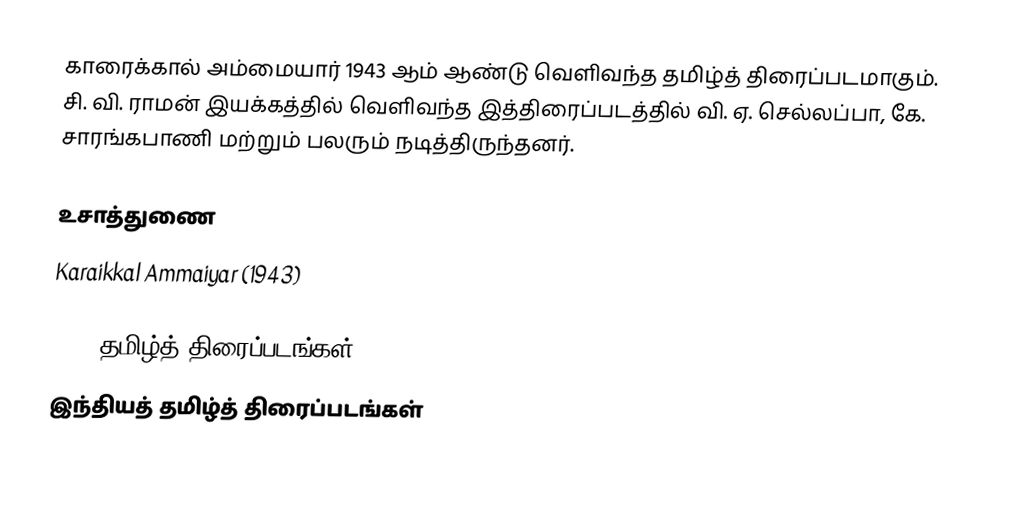
காரைக்கால் அம்மையார் 1943 ஆம் ஆண்டு வெளிவந்த தமிழ்த் திரைப்படமாகும். சி. வி. ராமன் இயக்கத்தில் வெளிவந்த இத்திரைப்படத்தில் வி. ஏ. செல்லப்பா, கே. சாரங்கபாணி மற்றும் பலரும் நடித்திருந்தனர்.

உசாத்துணை
 Karaikkal Ammaiyar (1943)

1943 தமிழ்த் திரைப்படங்கள்
இந்தியத் தமிழ்த் திரைப்படங்கள்